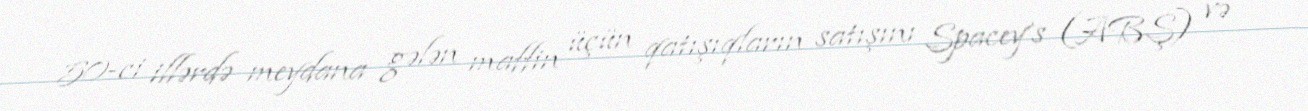
50-ci illərdə meydana gələn maffin üçün qatışıqların satışını Spacey's (ABŞ) və